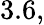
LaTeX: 3.6,